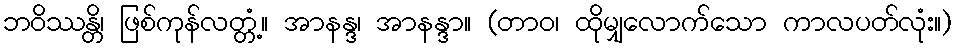
ဘဝိဿန္တိ၊ ဖြစ်ကုန်လတ္တံ့။ အာနန္ဒ၊ အာနန္ဒာ။ (တာဝ၊ ထိုမျှလောက်သော ကာလပတ်လုံး။)